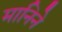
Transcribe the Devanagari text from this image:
मानिने